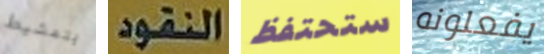
بتمشيط النقود ستحتفظ يفعلونه